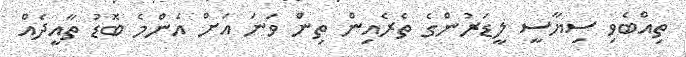
ތިއްބެވި ސިޔާސީ ލީޑަރުންގެ ތެރެއިން ތިން ވަނަ އަށް އެންމެ ބޮޑު ތާއީދެއް